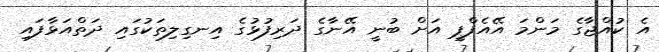
އެ ކުއްޖާގެ މަންމަ އޭއެފްޕީ އަށް ބުނީ އޭނާގެ ދަރިފުޅުގެ އިނގިލިތަކުގައި ދަތްއަޅާފައި